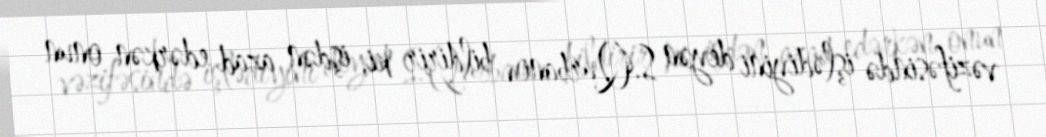
vəzifəsində işlədiyini deyən S.Qurbanov bildirir ki, işdən azad edərkən onun